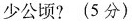
少公顷?(5分)